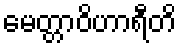
မေတ္တာဝိဟာရီတိ